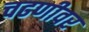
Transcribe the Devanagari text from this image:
चढणीवर